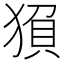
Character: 𬌻